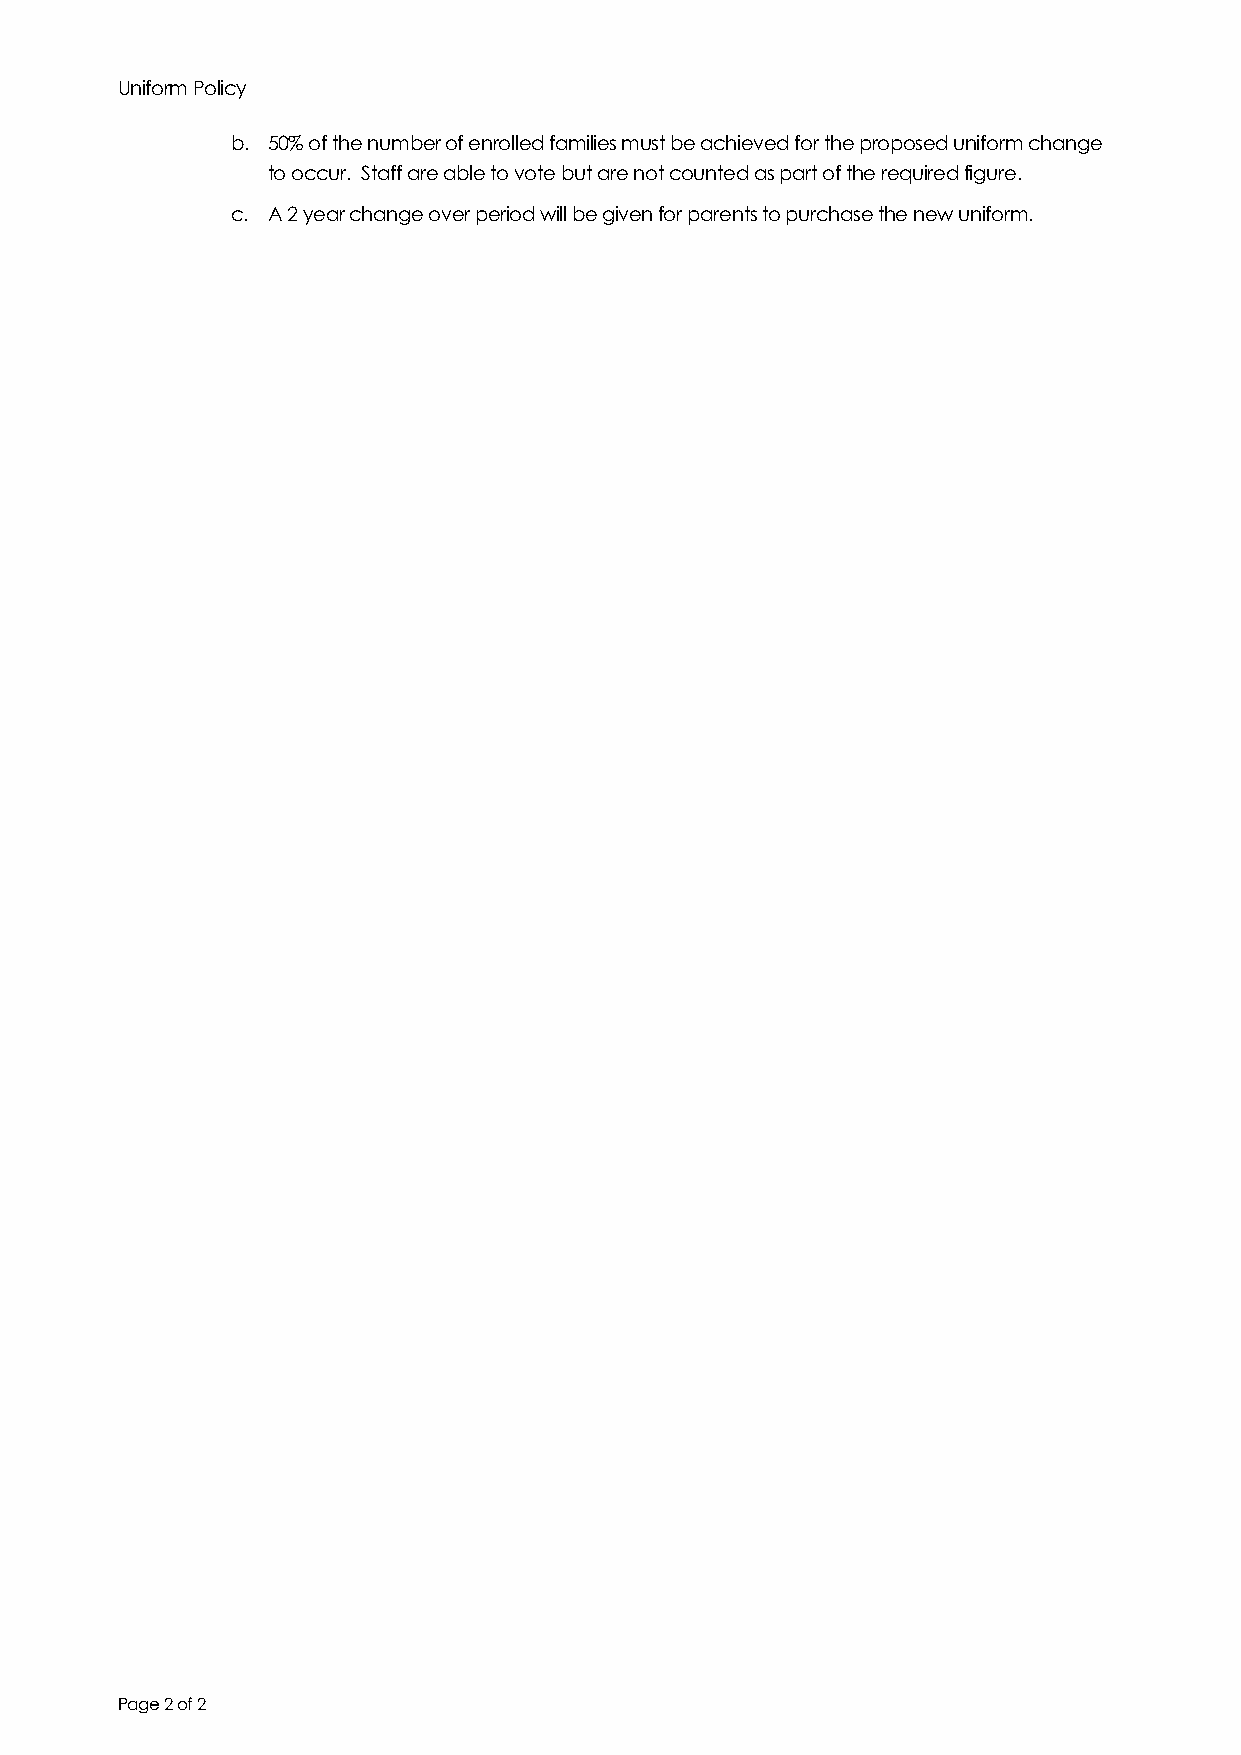
Uniform Policy
 b. 50% of the number of enrolled families must be achieved for the proposed uniform change
 to occur. Staff are able to vote but are not counted as part of the required figure.
 c. A 2 year change over period will be given for parents to purchase the new uniform.
 Page 2 of 2